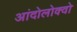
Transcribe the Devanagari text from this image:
आंदोलोक्वो